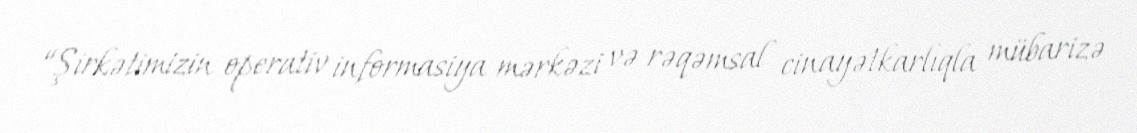
“Şirkətimizin operativ informasiya mərkəzi və rəqəmsal cinayətkarlıqla mübarizə